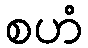
စဟံ